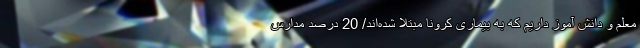
معلم و دانش آموز داریم که به بیماری کرونا مبتلا شده‌اند/ 20 درصد مدارس